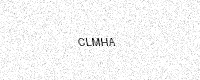
Text: CLMHA